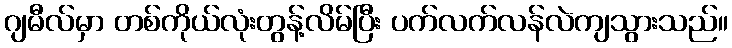
ဂျမီလ်မှာ တစ်ကိုယ်လုံးတွန့်လိမ်ပြီး ပက်လက်လန်လဲကျသွားသည်။